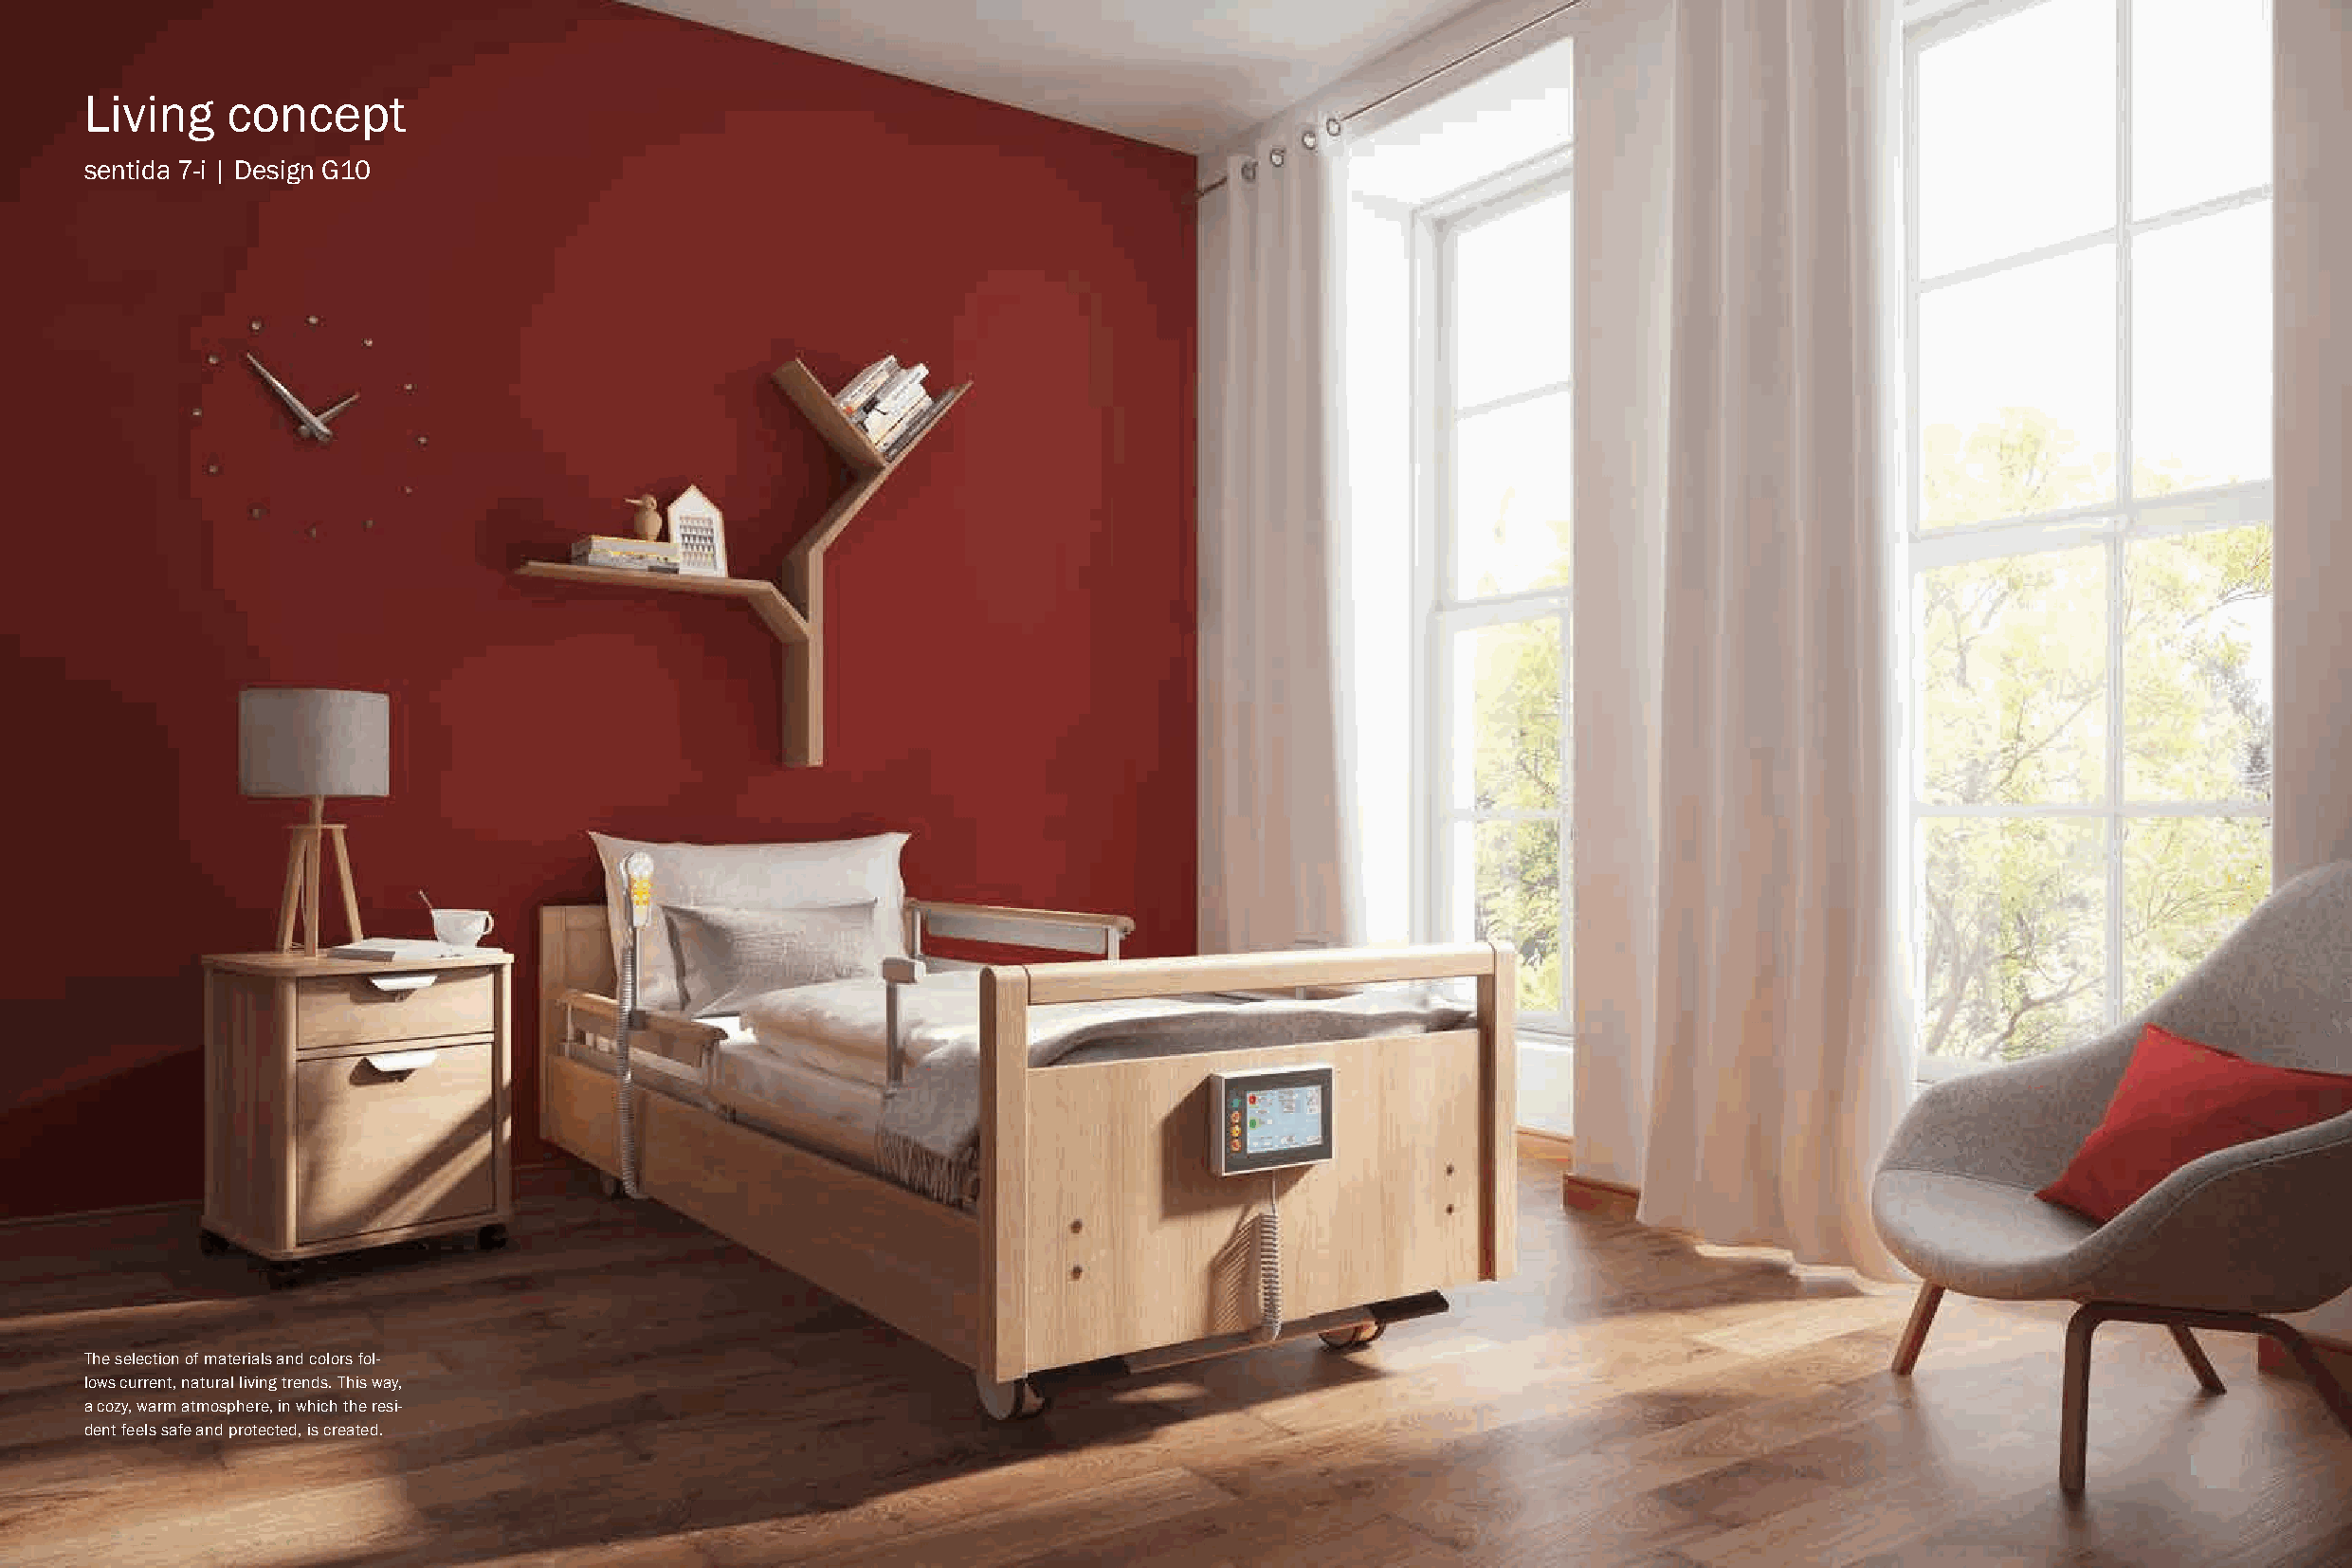
Living    concept
 sentida 7-i | Design G10
 The selection of materials and colors fol-
 lows current, natural living trends. This way,
 a cozy, warm atmosphere, in which the resi-
 dent feels safe and protected, is created.
 4                                                          wissner-bosserhoff | sentida 7-i wissner-bosserhoff | sentida 7-i                                    5